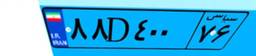
۴۱D۷۹۳۵۷